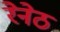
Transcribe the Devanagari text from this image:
रेनेठ